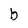
Character: b